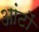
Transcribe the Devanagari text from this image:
आंटों